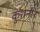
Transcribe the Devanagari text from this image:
कुशनीर